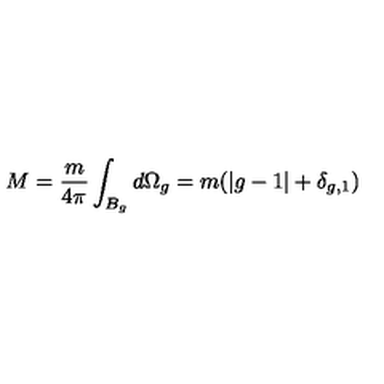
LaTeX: M = \frac { m } { 4 \pi } \int _ { B _ { g } } d \Omega _ { g } = m ( | g - 1 | + \delta _ { g , 1 } )